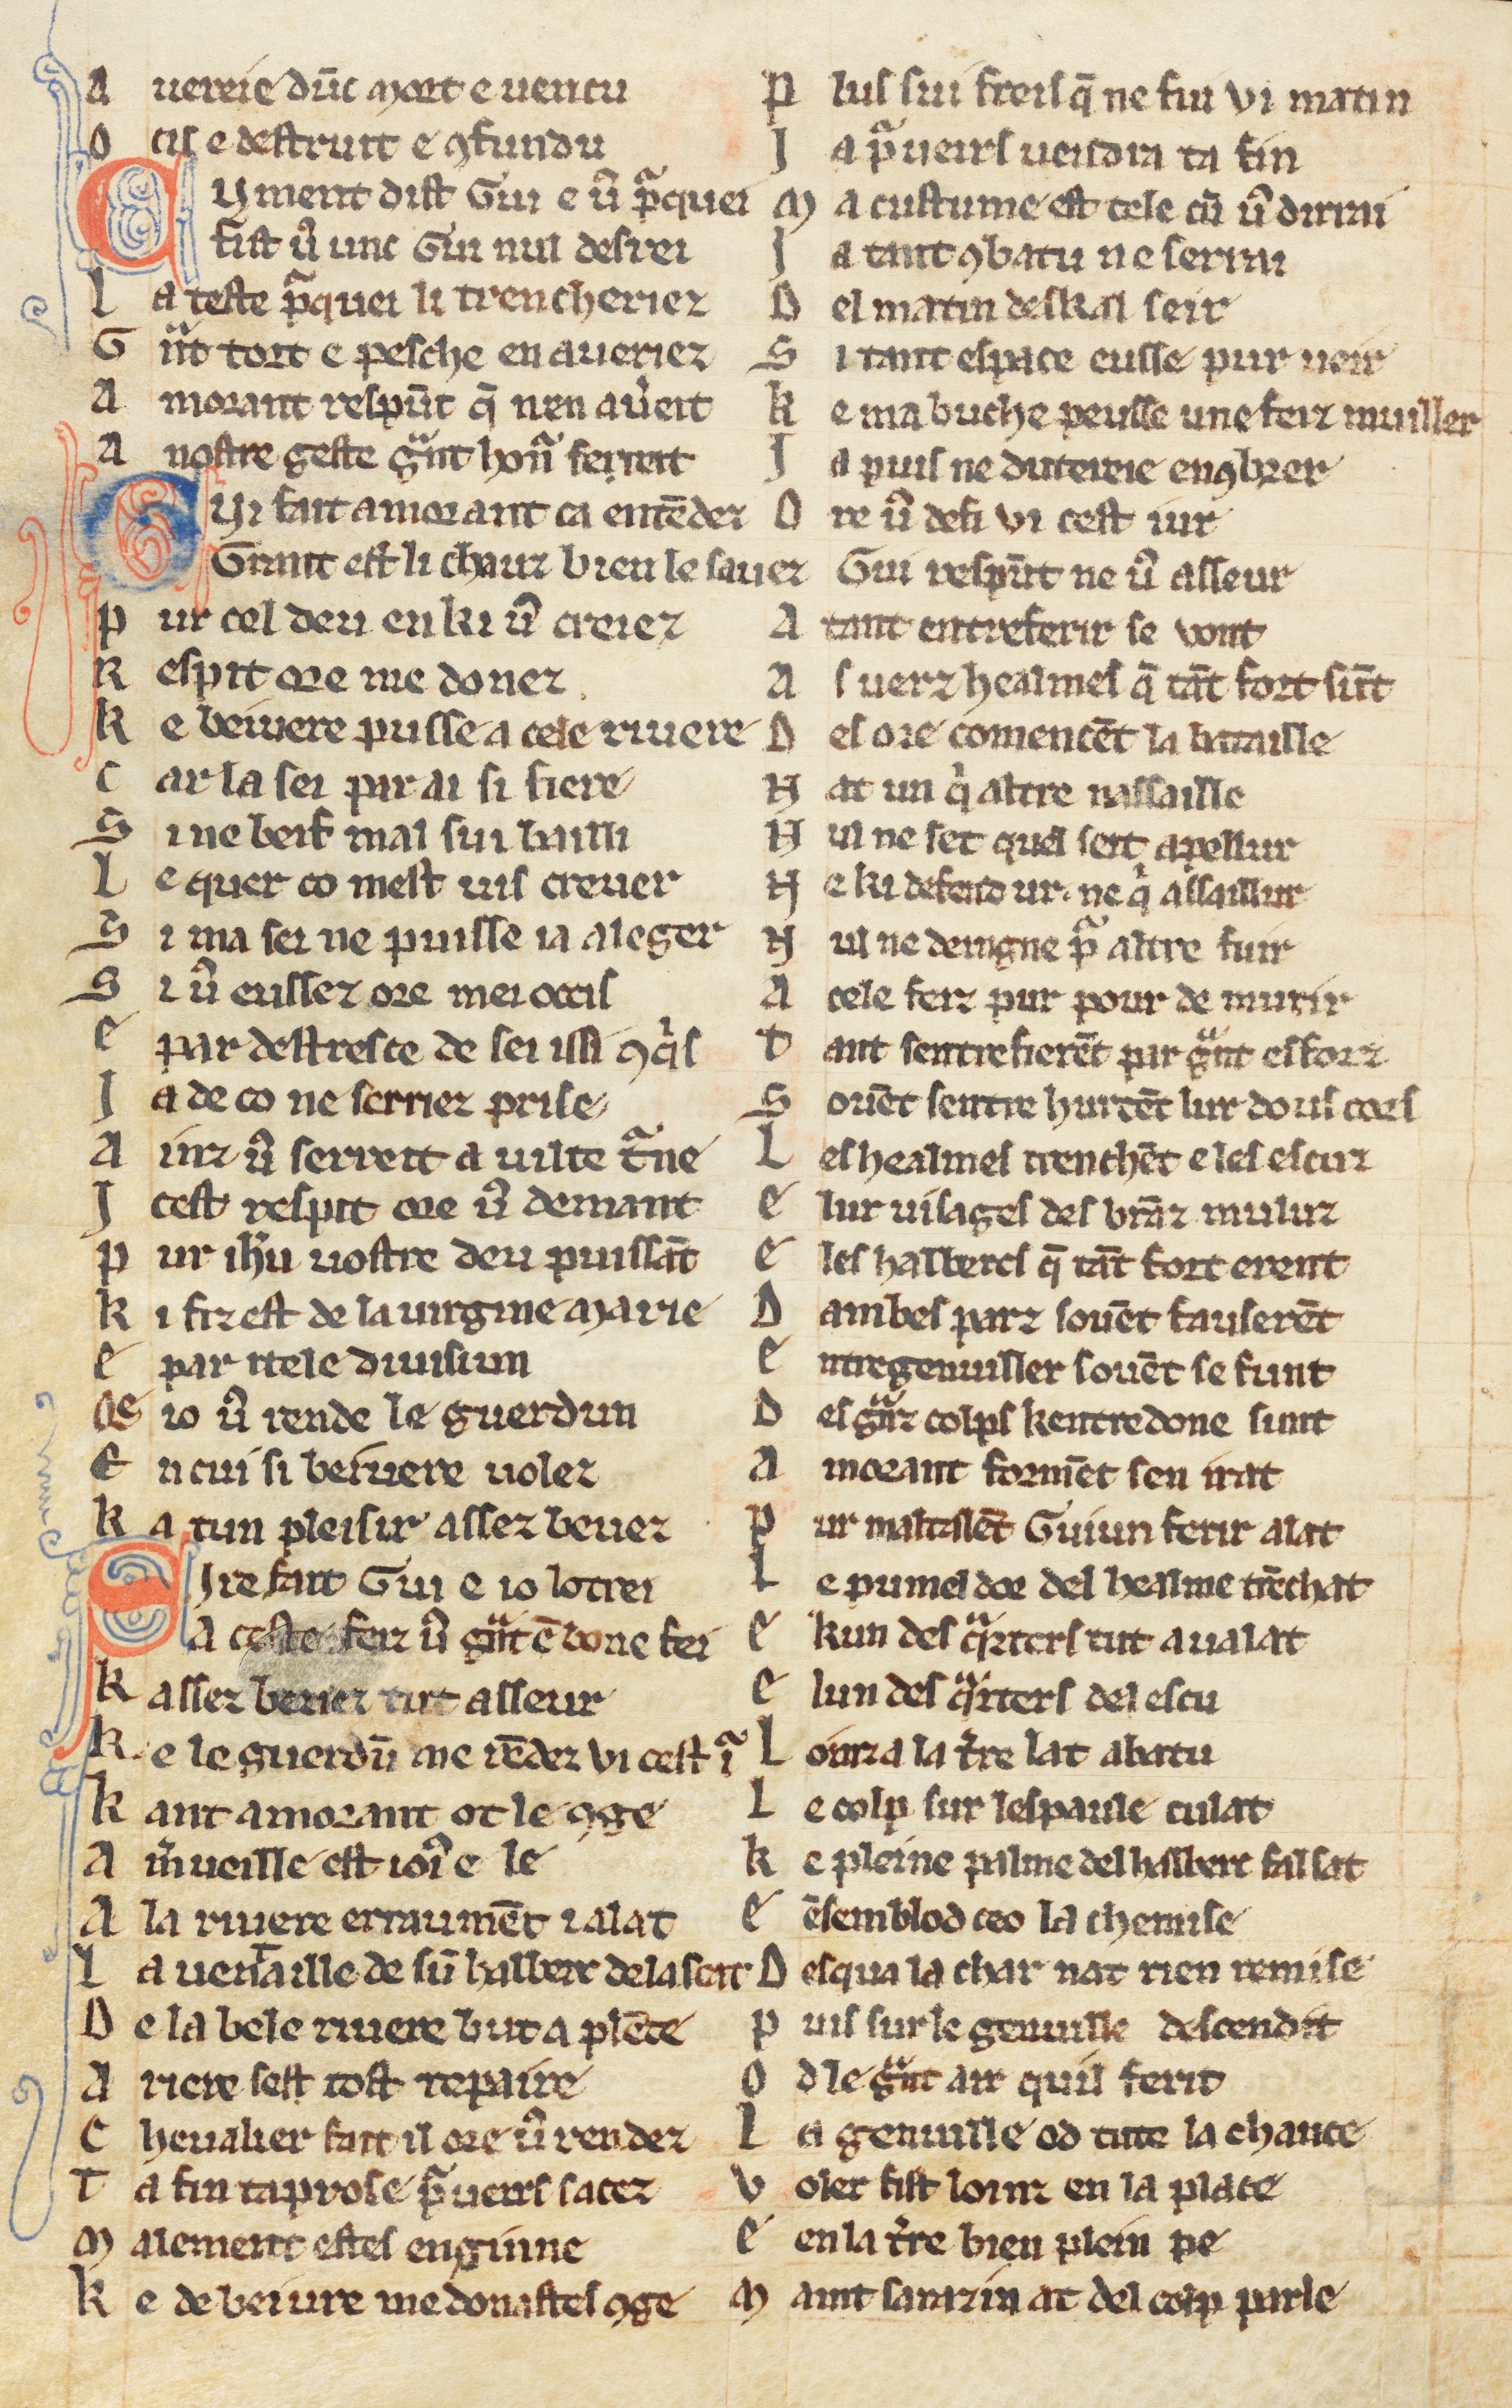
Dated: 1270–1330